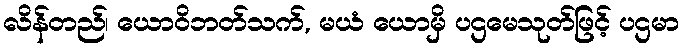
လိန်တည်၊ ယောဝိဘတ်သက်, မယံ ယောမှိ ပဌမေသုတ်ဖြင့် ပဌမာ